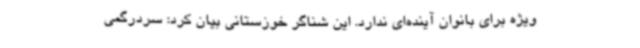
ویژه برای بانوان آینده‌ای ندارد. این شناگر خوزستانی بیان کرد: سردرگمی